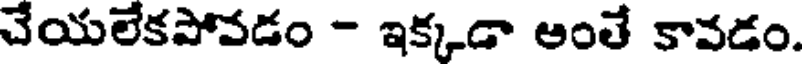
చేయలేకపోవడం - ఇక్కడా అంతే కావడం.